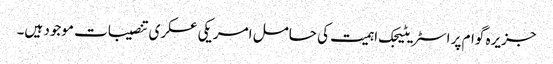
جزیرہ گوام پر اسٹریٹیجک اہمیت کی حامل امریکی عسکری تنصیبات موجود ہیں۔